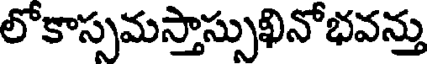
లోకాస్సమస్తాస్సుఖినోభవన్తు